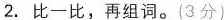
2.比一比，再组词。{3分)